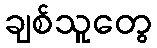
ချစ်သူတွေ